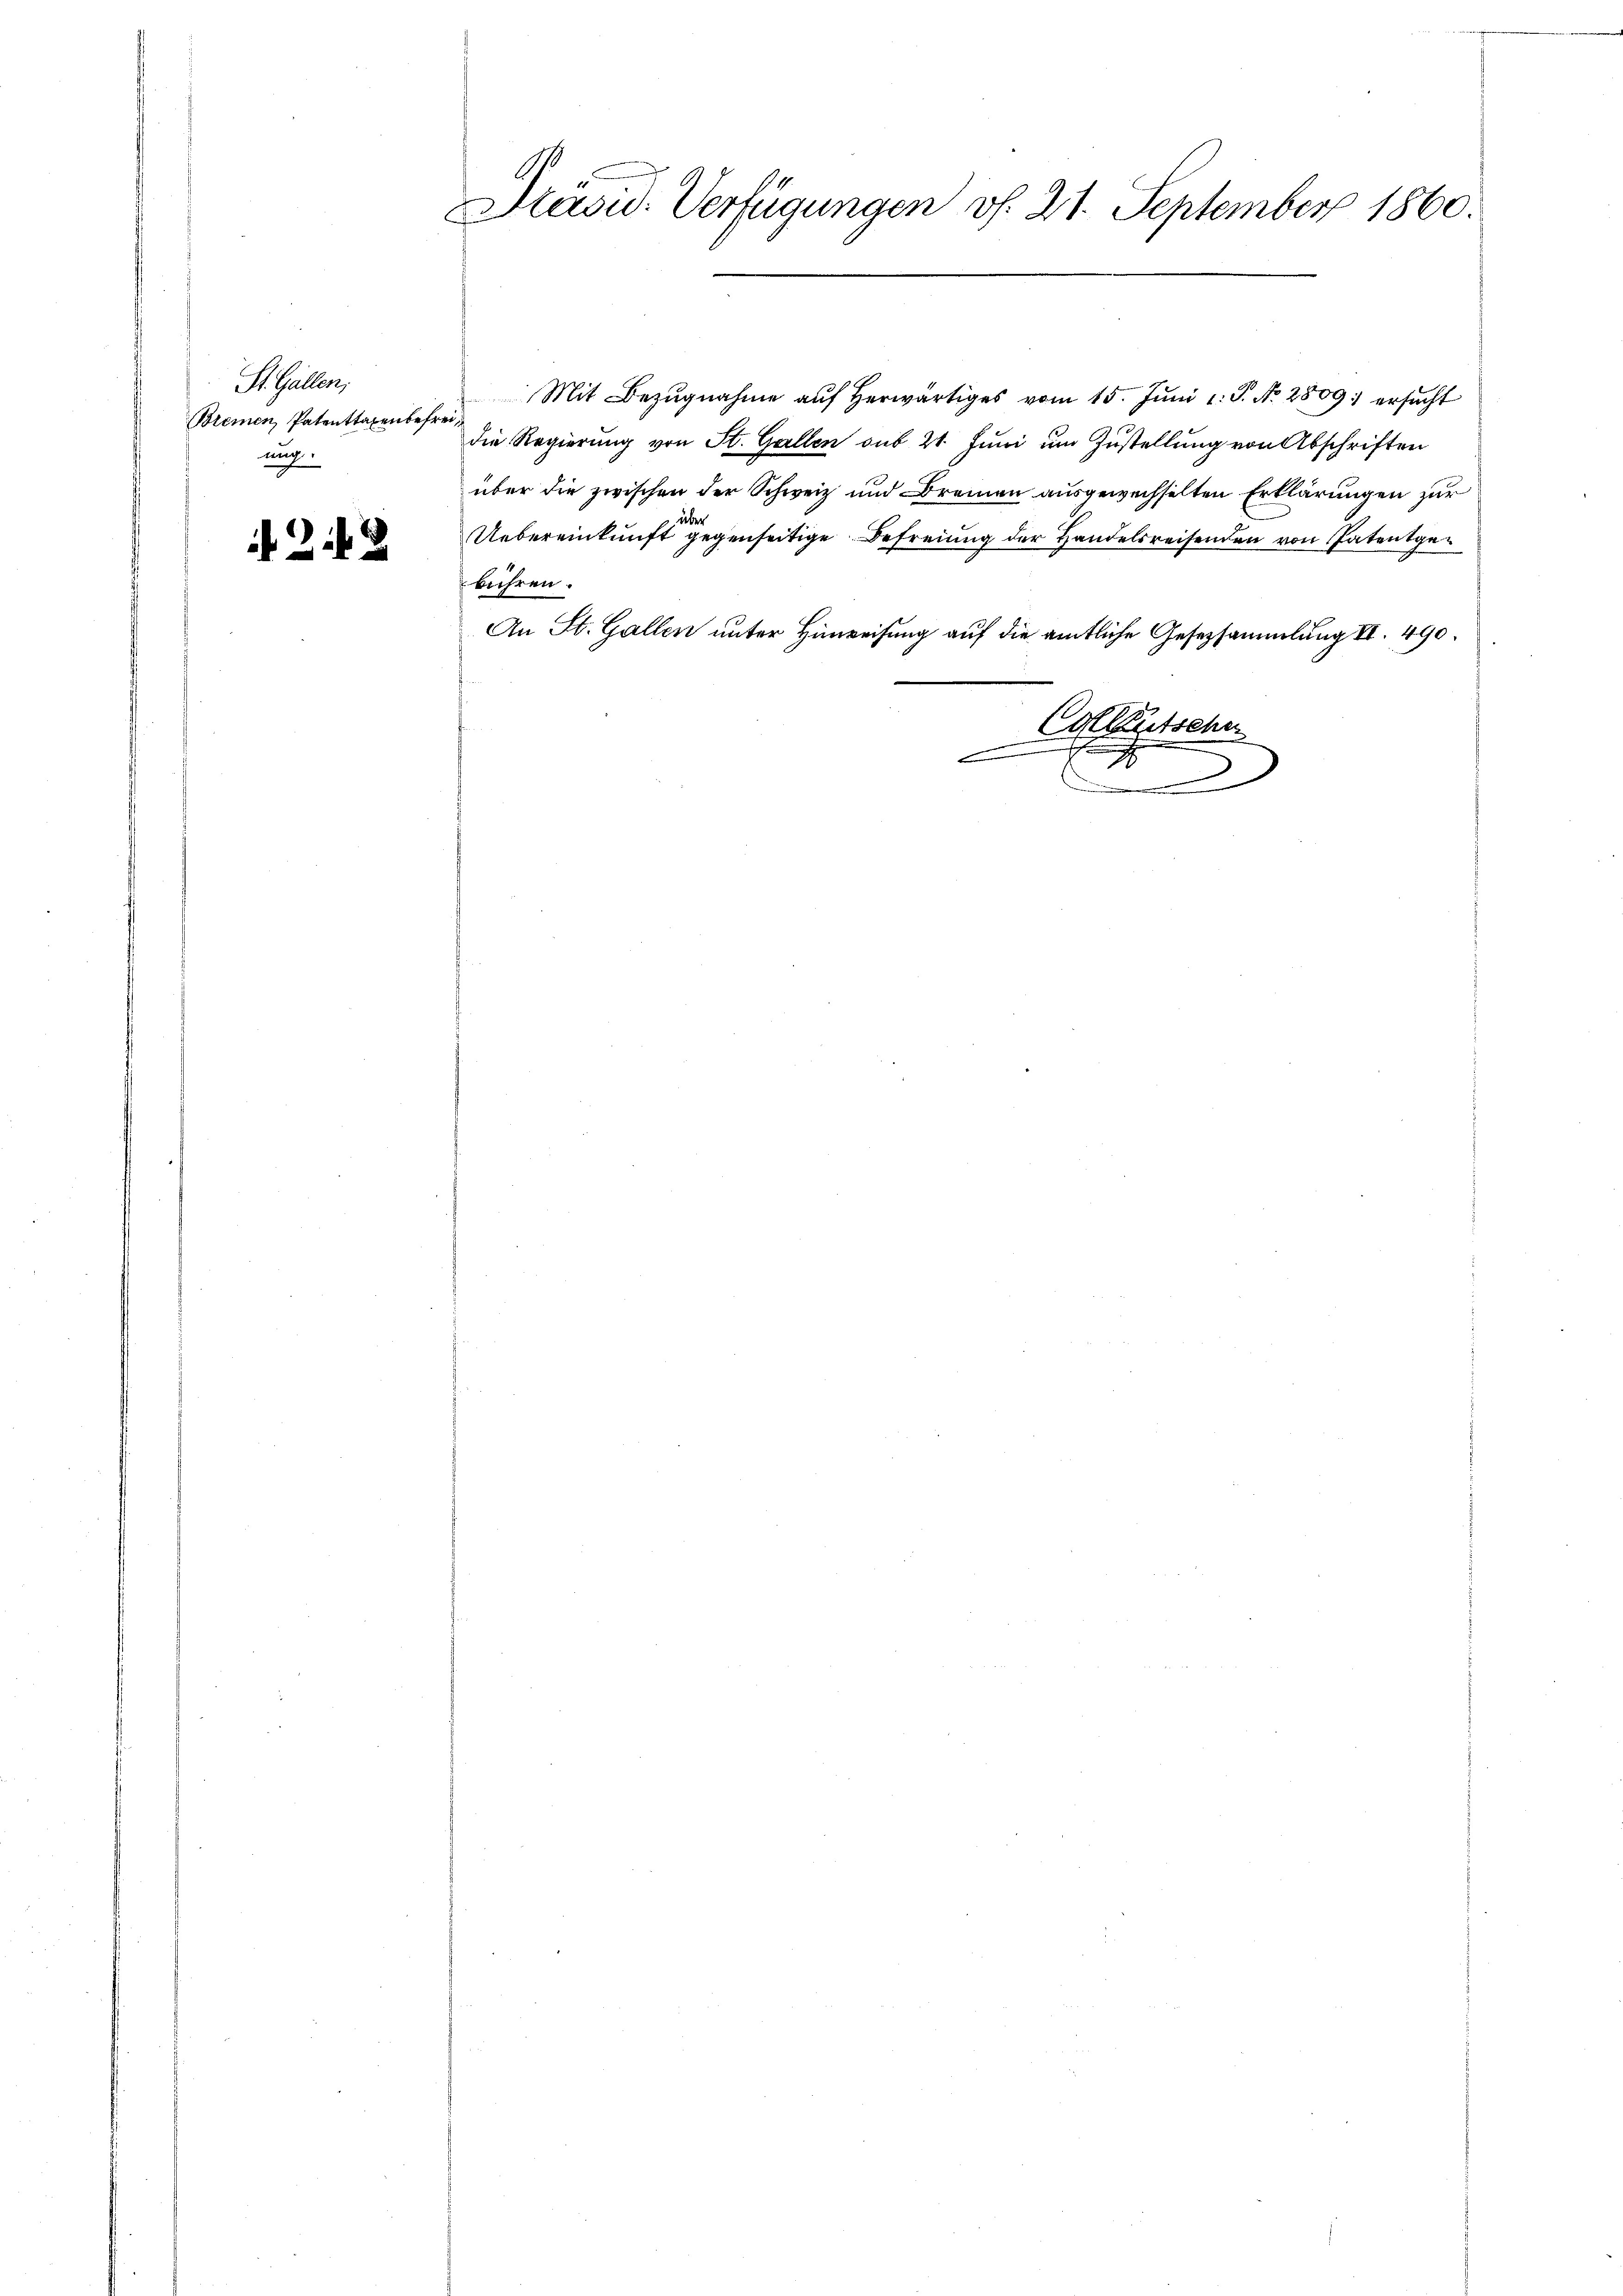
St. Gallen,
Bremen, Patenttaxenbefreiung.

2.

2

Präsid. Verfügungen v. 21. September 1860.

Mit Bezŭgnahme aŭf herwärtiges vom 15. Jŭni l. J. No. 2809: ersŭcht
die Regierung von St. Gallen sub 21. Juni um Zustellung von Abschriften
über die zwischen der Schweiz und Bremen ausgewechselten Erklärungen zur
über
Uebereinkunft gegenseitige Befreiung der Handelsreisenden von Patentgebühren.
An St. Gallen unter Hinweisung auf die amtliche Gesetzsammlung II 490.
Colleutschen
E
.
d
n